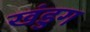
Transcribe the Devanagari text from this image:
खंडुग